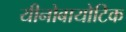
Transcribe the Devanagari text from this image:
यीनोबायोटिक